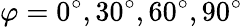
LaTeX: \varphi=0^{\circ},30^{\circ},60^{\circ},90^{\circ}